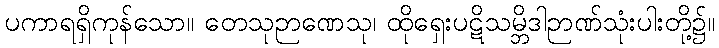
ပကာရရှိကုန်သော။ တေသုဉာဏေသု၊ ထိုရှေးပဋိသမ္ဘိဒါဉာဏ်သုံးပါးတို့၌။